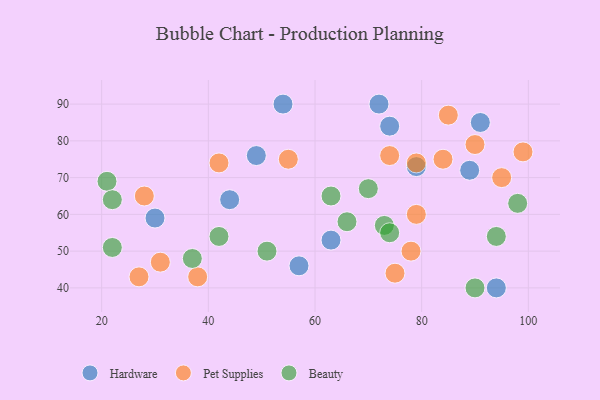
{"axis": {"x": "GDP", "y": "Life Expectancy"}, "legend": ["Beauty", "Hardware", "Pet Supplies"], "data": [{"x": "49", "y": 76, "type": "Hardware"}, {"x": "57", "y": 46, "type": "Hardware"}, {"x": "44", "y": 64, "type": "Hardware"}, {"x": "91", "y": 85, "type": "Hardware"}, {"x": "30", "y": 59, "type": "Hardware"}, {"x": "72", "y": 90, "type": "Hardware"}, {"x": "79", "y": 73, "type": "Hardware"}, {"x": "54", "y": 90, "type": "Hardware"}, {"x": "63", "y": 53, "type": "Hardware"}, {"x": "94", "y": 40, "type": "Hardware"}, {"x": "89", "y": 72, "type": "Hardware"}, {"x": "74", "y": 84, "type": "Hardware"}, {"x": "90", "y": 79, "type": "Pet Supplies"}, {"x": "85", "y": 87, "type": "Pet Supplies"}, {"x": "38", "y": 43, "type": "Pet Supplies"}, {"x": "84", "y": 75, "type": "Pet Supplies"}, {"x": "99", "y": 77, "type": "Pet Supplies"}, {"x": "27", "y": 43, "type": "Pet Supplies"}, {"x": "79", "y": 60, "type": "Pet Supplies"}, {"x": "95", "y": 70, "type": "Pet Supplies"}, {"x": "55", "y": 75, "type": "Pet Supplies"}, {"x": "42", "y": 74, "type": "Pet Supplies"}, {"x": "31", "y": 47, "type": "Pet Supplies"}, {"x": "78", "y": 50, "type": "Pet Supplies"}, {"x": "75", "y": 44, "type": "Pet Supplies"}, {"x": "74", "y": 76, "type": "Pet Supplies"}, {"x": "28", "y": 65, "type": "Pet Supplies"}, {"x": "79", "y": 74, "type": "Pet Supplies"}, {"x": "51", "y": 50, "type": "Beauty"}, {"x": "22", "y": 51, "type": "Beauty"}, {"x": "63", "y": 65, "type": "Beauty"}, {"x": "21", "y": 69, "type": "Beauty"}, {"x": "73", "y": 57, "type": "Beauty"}, {"x": "22", "y": 64, "type": "Beauty"}, {"x": "70", "y": 67, "type": "Beauty"}, {"x": "37", "y": 48, "type": "Beauty"}, {"x": "98", "y": 63, "type": "Beauty"}, {"x": "42", "y": 54, "type": "Beauty"}, {"x": "74", "y": 55, "type": "Beauty"}, {"x": "94", "y": 54, "type": "Beauty"}, {"x": "90", "y": 40, "type": "Beauty"}, {"x": "66", "y": 58, "type": "Beauty"}]}